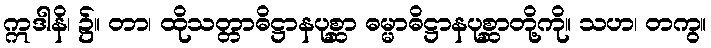
ဣဒါနိ၊ ၌။ တာ၊ ထိုသတ္တာဓိဋ္ဌာနပုစ္ဆာ ဓမ္မာဓိဋ္ဌာနပုစ္ဆာတို့ကို။ သဟ၊ တကွ။